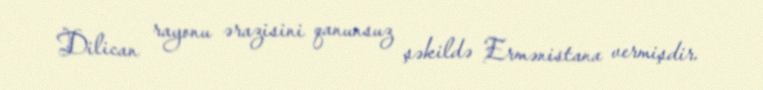
Dilican rayonu ərazisini qanunsuz şəkildə Ermənistana vermişdir.